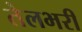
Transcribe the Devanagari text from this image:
तेलभरी